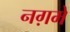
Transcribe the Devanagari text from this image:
नग़में